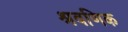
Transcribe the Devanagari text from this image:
श्रवणिक